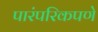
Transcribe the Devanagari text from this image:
पारंपरिकपणे